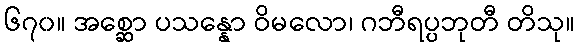
၆၇၀။ အစ္ဆော ပသန္နော ဝိမလော၊ ဂဘီရပ္ပဘုတီ တိသု။